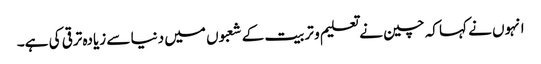
انہوں نے کہا کہ چین نے تعلیم و تربیت کے شعبوں میں دنیا سے زیادہ ترقی کی ہے۔